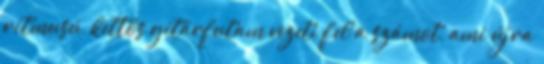
ritmusú, kettős gitárfutam vezeti fel a számot, ami újra